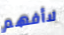
لاأفهم